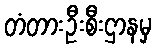
တံတားဦးစီးဌာနမှ